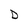
Character: D